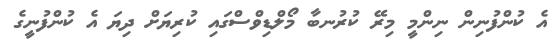
އެ ކުންފުނިން ނިންމީ މިރޭ ކުރުނބާ މޯލްޑިވްސްގައި ކުރިޔަށް ދިޔަ އެ ކުންފުނީގެ